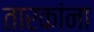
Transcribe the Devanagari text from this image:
तारकांना